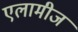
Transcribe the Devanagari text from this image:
एलामीज